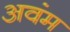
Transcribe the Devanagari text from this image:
अवंम